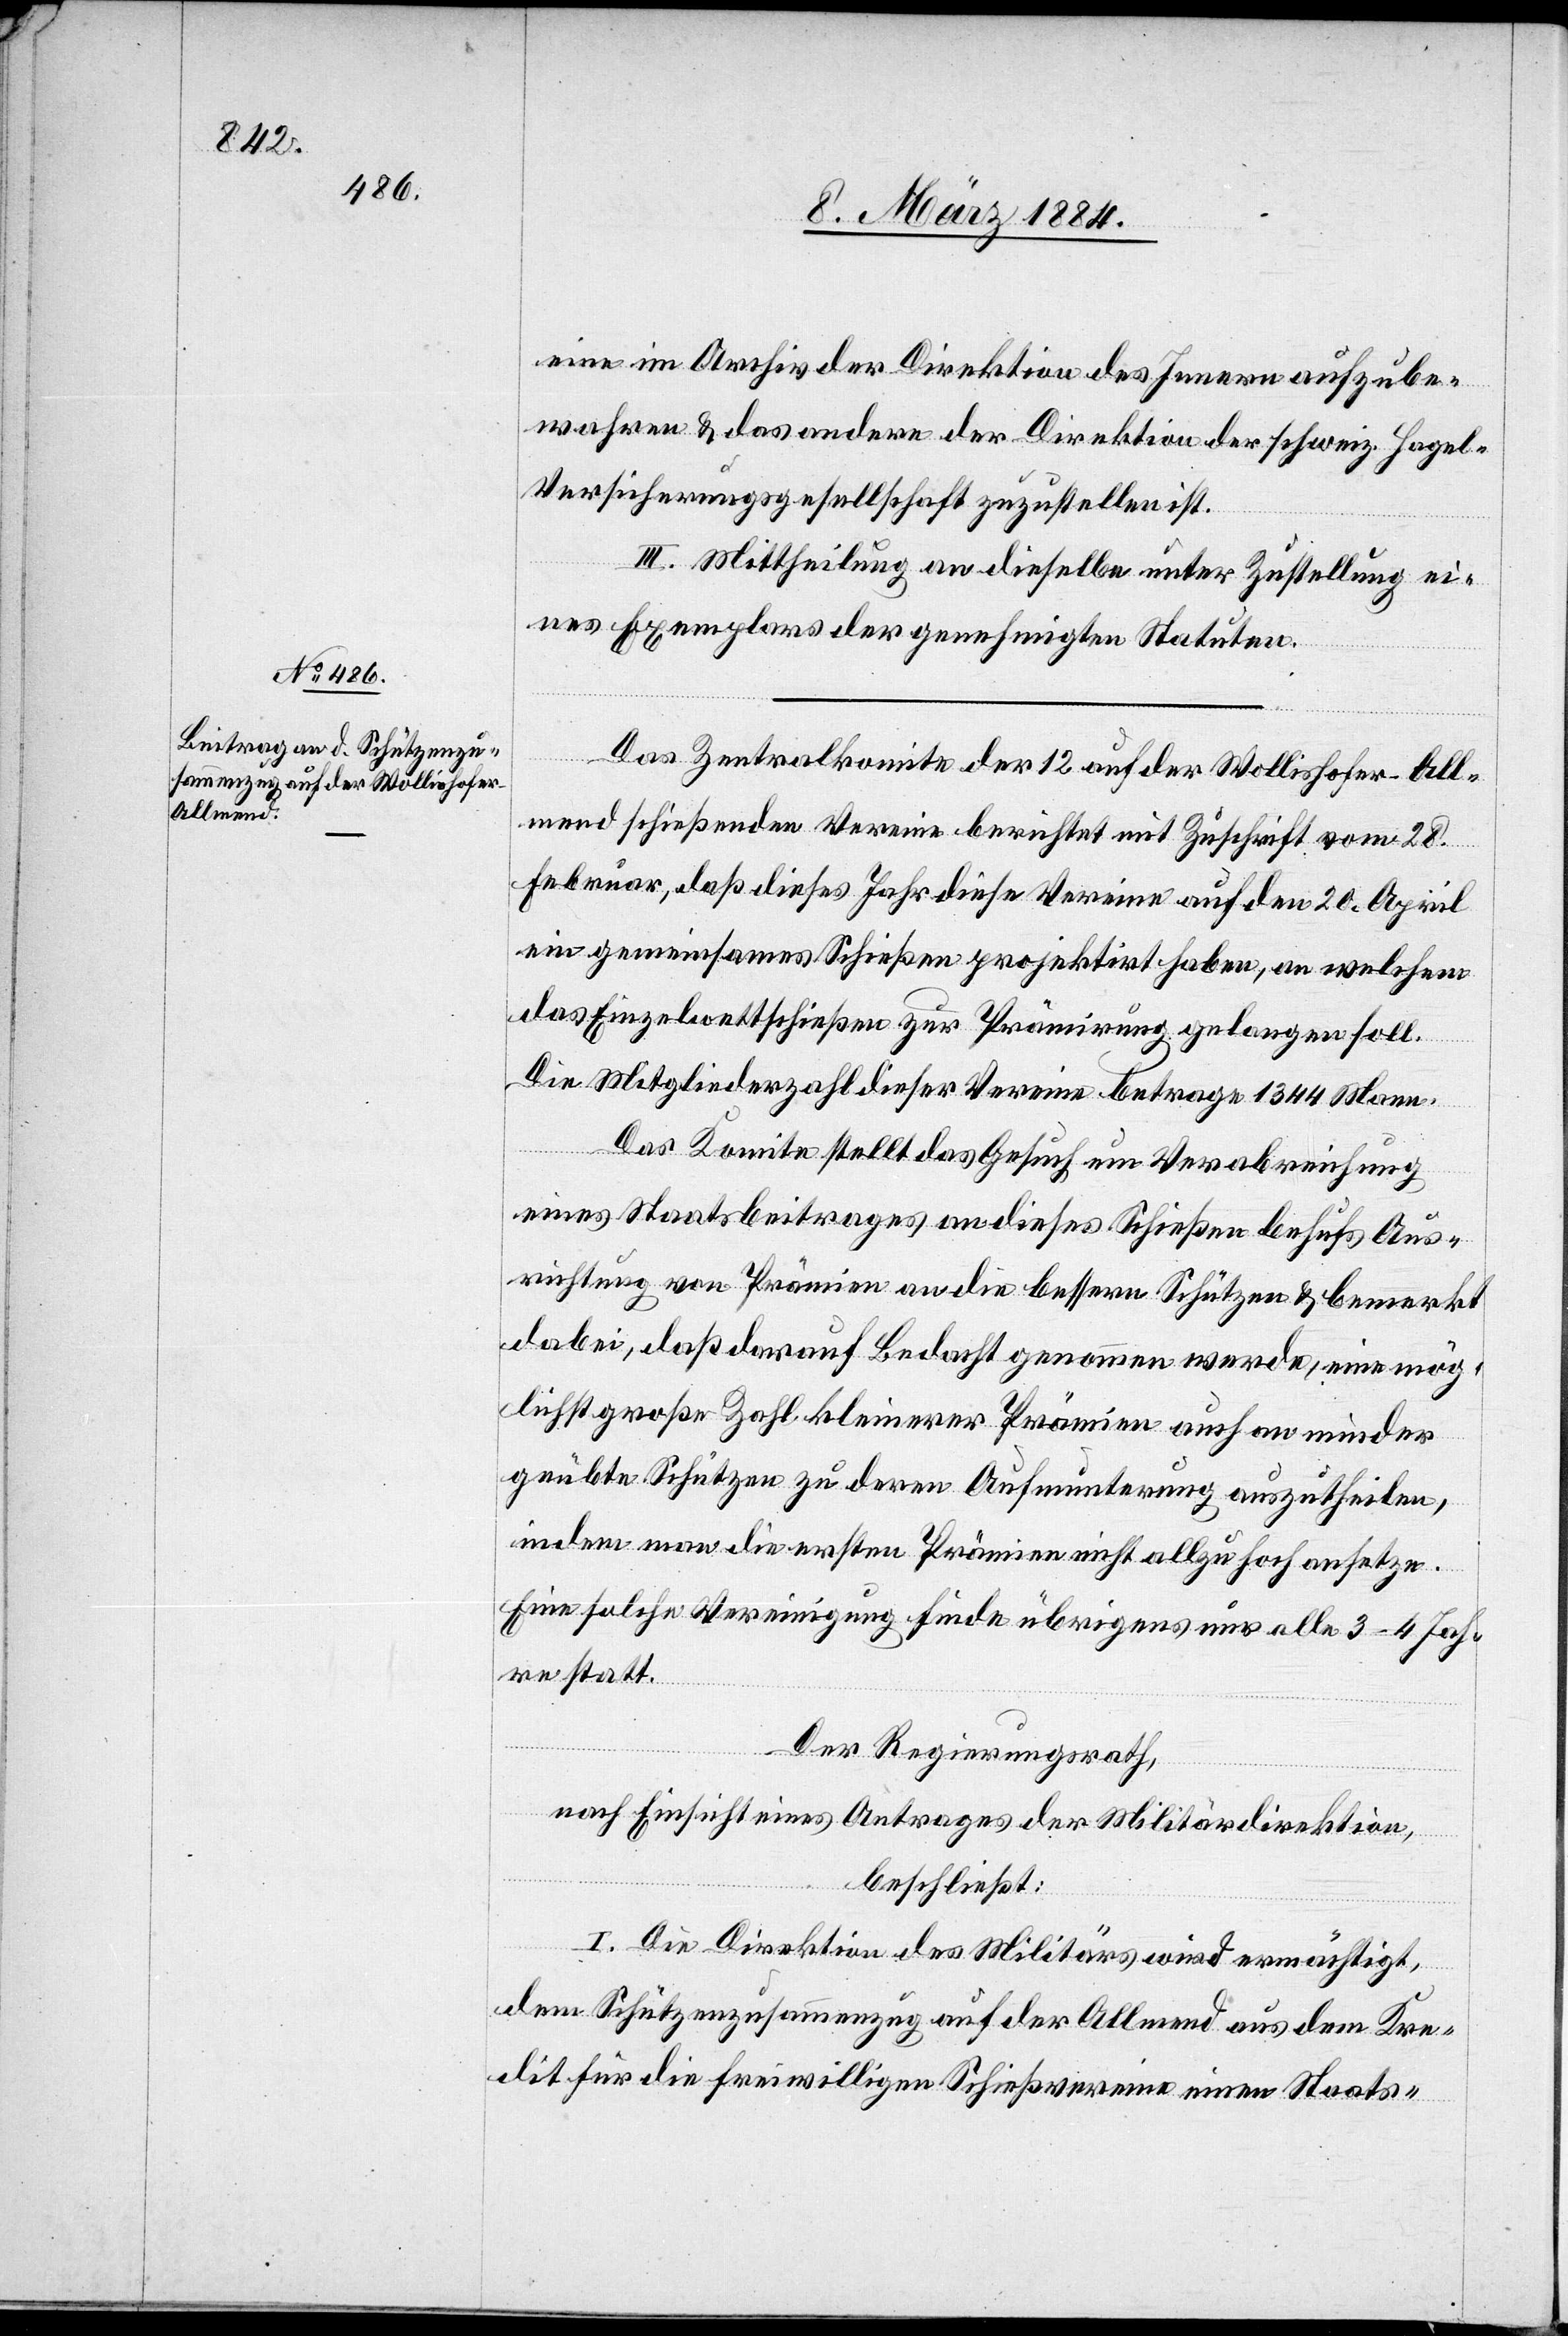
eine im Archiv der Direktion des Innern aufzube¬
wahren & das andere der Direktion der schweiz. Hagel-V¬
ersicherungsgesellschaft zuzustellen ist.
III. Mittheilung an dieselbe unter Zustellung ei¬
nes Exemplars der genehmigten Statuten.
Das Zentralkomite der 12 auf der Wollishofer-All¬
mend schießenden Vereine berichtet mit Zuschrift vom 28.
Februar, daß dieses Jahr diese Vereine auf den 20. April
ein gemeinsames Schießen projektirt haben, an welchem
das Einzelwettschießen zur Prämirung gelangen soll.
Die Mitgliederzahl dieser Vereine betrage 1344 Mann.
Das Komite stellt das Gesuch um Verabreichung
eines Staatsbeitrages an dieses Schießen behufs Aus¬
richtung von Prämien an die besseren Schützen & bemerkt
dabei, daß darauf Bedacht genommen werde, eine mög¬
lichst große Zahl kleinerer Prämien auch an minder
geübte Schützen zu deren Aufmunterung auszutheilen,
indem man die ersten Prämien nicht allzu hoch ansetze.
Eine solche Vereinigung finde übrigens nur alle 3–4 Jah¬
re statt.
Der Regierungsrath,
nach Einsicht eines Antrages der Militärdirektion,
beschließt:
I. Die Direktion des Militärs wird ermächtigt,
dem Schützenzusammenzug auf der Allmend aus dem Kre¬
dit für die freiwilligen Schießvereine einen Staats-